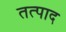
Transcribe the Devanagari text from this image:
तत्पाद